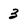
Character: 3